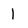
Character: 1